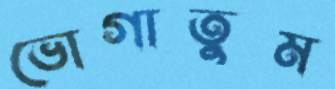
ভোগাতুম